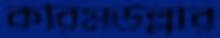
করিমউল্লার